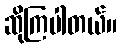
ဆိုကြပါတယ်။